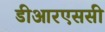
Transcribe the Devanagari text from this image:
डीआरएससी